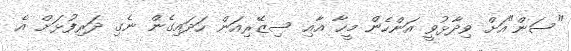
"ސަން"އަށް ވިދާޅުވީ އަންހެން މީހާ އާއި ސިޒޭރިއަން ހަދައިގެން ނެގި ދަރިފުޅަށް އެ